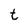
Character: t